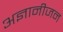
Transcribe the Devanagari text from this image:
अज्ञानीजन